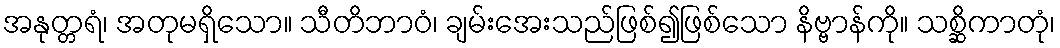
အနုတ္တရံ၊ အတုမရှိသော။ သီတိဘာဝံ၊ ချမ်းအေးသည်ဖြစ်၍ဖြစ်သော နိဗ္ဗာန်ကို။ သစ္ဆိကာတုံ၊